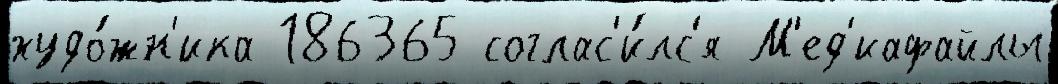
худо́жн'ика 186365 соглас'и́лс'я М'ед'иафайлы